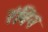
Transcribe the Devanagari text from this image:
रंबिन